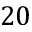
2 0